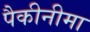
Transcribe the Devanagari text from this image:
पैकीनीमा